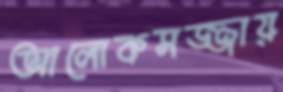
আলোকসজ্জায়